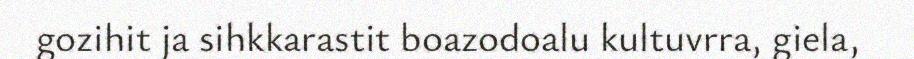
gozihit ja sihkkarastit boazodoalu kultuvrra, giela,